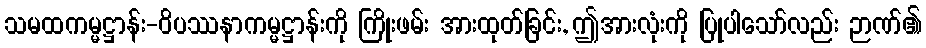
သမထကမ္မဋ္ဌာန်း-ဝိပဿနာကမ္မဋ္ဌာန်းကို ကြိုးဖမ်း အားထုတ်ခြင်း, ဤအားလုံးကို ပြုပါသော်လည်း ဉာဏ်၏